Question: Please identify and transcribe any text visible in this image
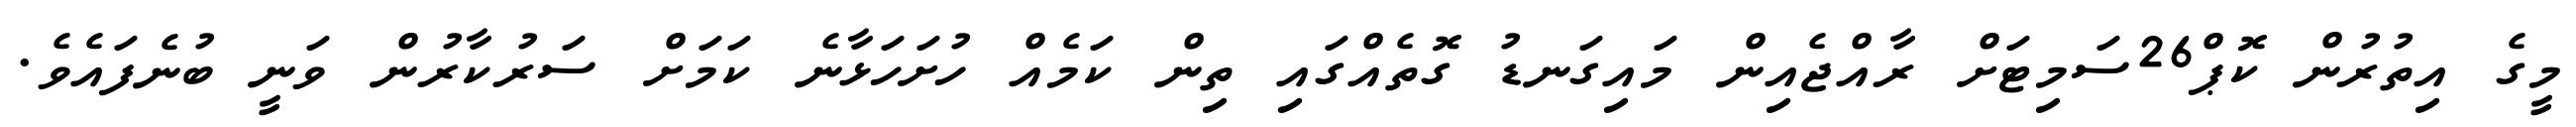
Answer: މީގެ އިތުރުން ކޮޕް26ސަމިޓަށް ރާއްޖެއިން މައިގަނޑު ގޮތެއްގައި ތިން ކަމެއް ހުށަހަޅާނެ ކަމަށް ސަރުކާރުން ވަނީ ބުނެފައެވެ.